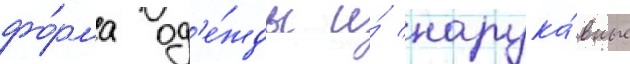
фо́рма од'е́жды и́ нарука́вные